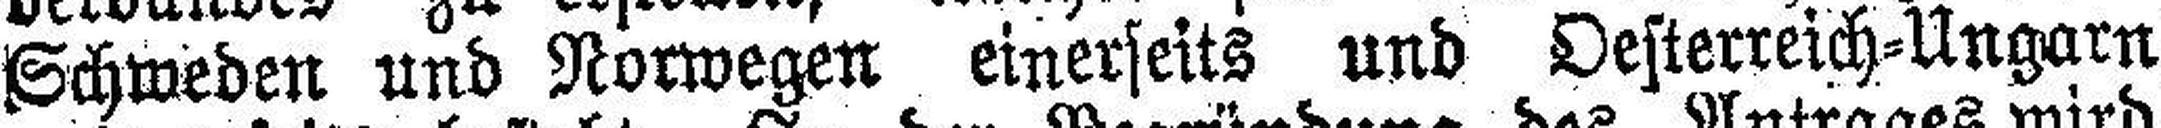
Schweden und Norwegen einerseits und Oesterreich=Ungarn